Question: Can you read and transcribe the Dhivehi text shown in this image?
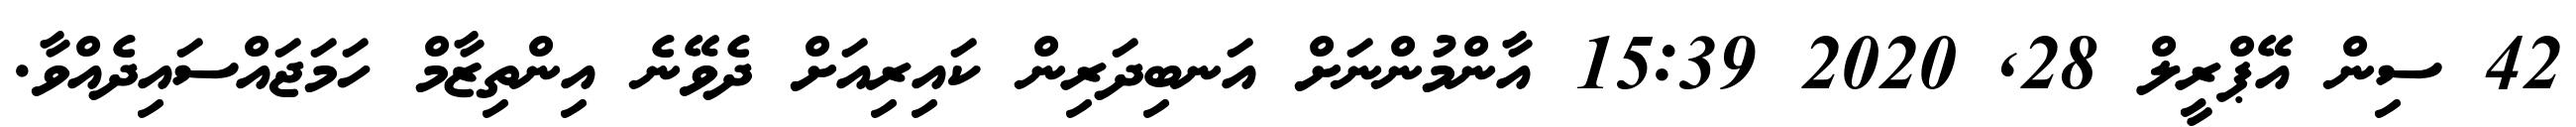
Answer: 42 ސިން އޭޕްރީލް 28, 2020 15:39 އާންމުންނަށް އަނބިދަރިން ކައިރިއަށް ދެވޭނެ އިންތިޒާމް ހަމަޖައްސައިދެއްވާ.